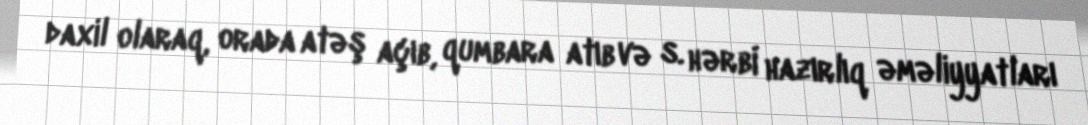
daxil olaraq, orada atəş açıb, qumbara atıb və s. hərbi hazırlıq əməliyyatları